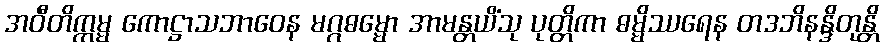
အဝီတိက္ကမ္မ ကောဋ္ဌာသဘာဝေန မဂ္ဂဓမ္မော အာမန္တယိံသု ပုတ္တိကာ ဓမ္မိဿရေန တဒဘိနန္ဒိတုန္တိ